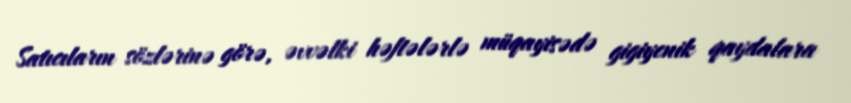
Satıcıların sözlərinə görə, əvvəlki həftələrlə müqayisədə gigiyenik qaydalara